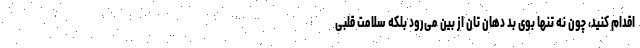
اقدام کنید، چون نه تنها بوی بد دهان تان از بین می‌رود بلکه سلامت قلبی